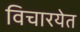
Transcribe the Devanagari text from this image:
विचारयेत